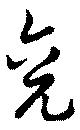
兗